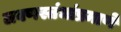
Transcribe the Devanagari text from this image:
लवणस्तंभांप्रमाणे